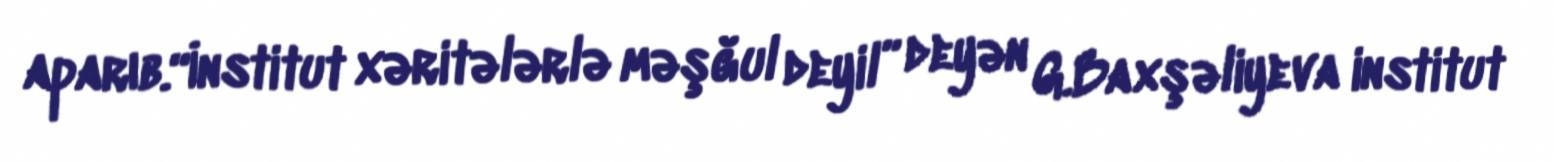
aparıb.“İnstitut xəritələrlə məşğul deyil” deyən G.Baxşəliyeva institut